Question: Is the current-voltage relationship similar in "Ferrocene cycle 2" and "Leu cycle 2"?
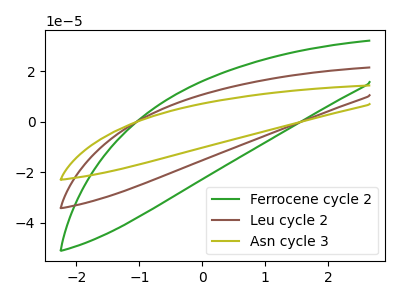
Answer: <think>The green curve "Ferrocene cycle 2" has no peaks. The brown curve "Leu cycle 2" has no peaks. The olive curve "Asn cycle 3" has no peaks.
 Neither "Ferrocene cycle 2" or "Leu cycle 2" have any peaks.</think>
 <answer>"Ferrocene cycle 2" and "Leu cycle 2" are similar in shape.</answer>
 <eval>same_shape</eval>